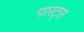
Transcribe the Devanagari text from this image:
पारट्स